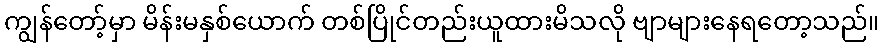
ကျွန်တော့်မှာ မိန်းမနှစ်ယောက် တစ်ပြိုင်တည်းယူထားမိသလို ဗျာများနေရတော့သည်။